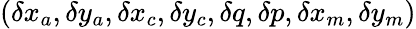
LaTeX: (\delta x_{a},\delta y_{a},\delta x_{c},\delta y_{c},\delta q,\delta p,\delta x_{m},\delta y_{m})